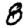
Digit: 8